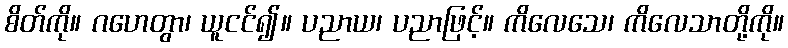
စိတ်ကို။ ဂဟေတွာ၊ ယူငင်၍။ ပညာယ၊ ပညာဖြင့်။ ကိလေသေ၊ ကိလေသာတို့ကို။